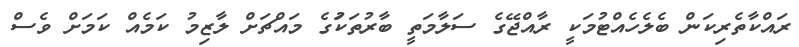
ރައްކާތެރިކަން ބެލެހެއްޓުމަކީ ރާއްޖޭގެ ސަލާމަތީ ބާރުތަކަުގެ މައްޗަށް ލާޒިމު ކަމެއް ކަމަށް ވެސް